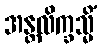
အန္တလိက္ခသ္မိံ